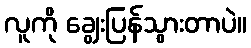
လူကို ချွေးပြန်သွားတာပဲ။